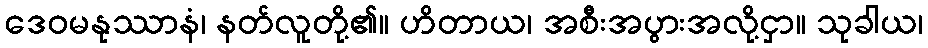
ဒေဝမနုဿာနံ၊ နတ်လူတို့၏။ ဟိတာယ၊ အစီးအပွားအလို့ငှာ။ သုခါယ၊